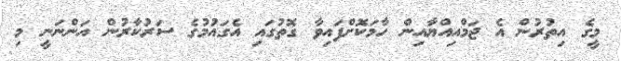
މީގެ އިތުރުން އެ ޖަމްއިއްޔާއިން ހާމަކޮށްފައިވާ ގޮތުގައި އެގައުމުގެ ސަރުކާރުން އަންނަނީ މި